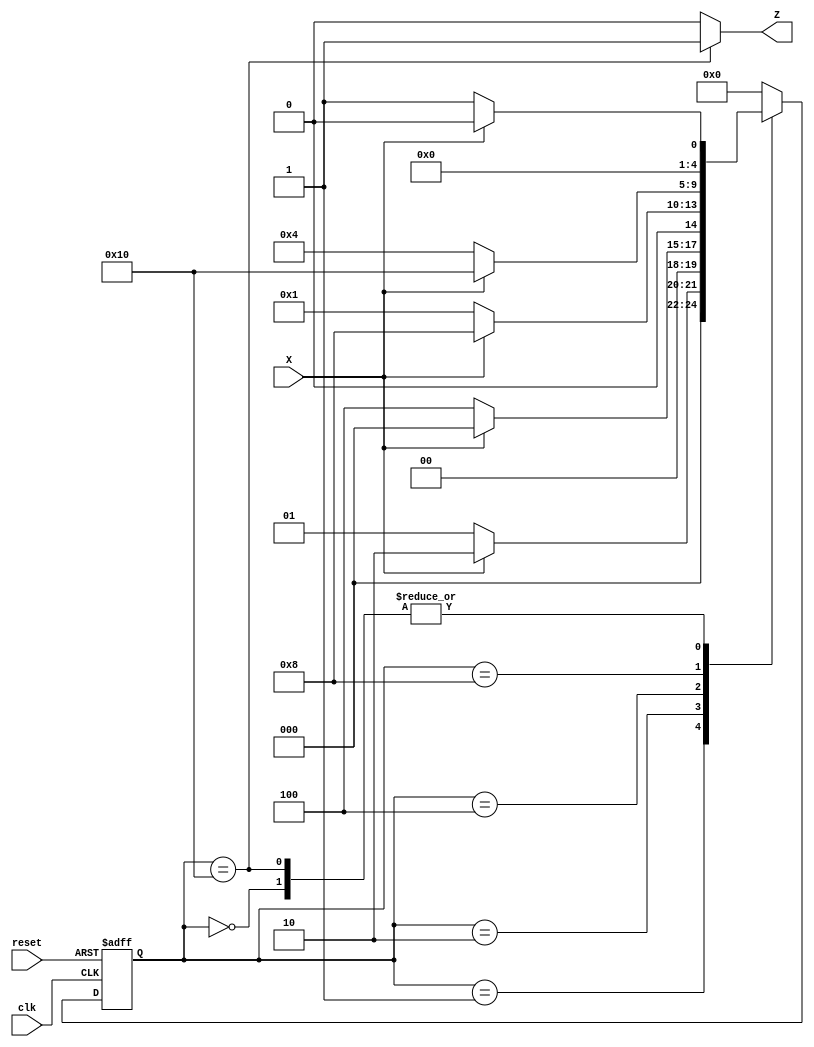
module string01011_moore (clk, reset, X, Z);
    input clk, reset, X;
    output Z;
  
    parameter   IDLE    = 5'b00000,  
                S1      = 5'b00001,     // 0
                S2      = 5'b00010,     // 01 
                S3      = 5'b00100,     // 010
                S4      = 5'b01000,     // 0101
                S5      = 5'b10000;     // 01011

    reg [4:0] state, next_state;

    always @(posedge clk, negedge reset) begin
        if (reset == 1'b0)
            state <= S1;
        else begin
            state <= next_state;
        end
    end

    always @(*) begin
        case (state)
            IDLE :
                if (X == 0)
                    next_state = S1;
                else
                    next_state = IDLE;
            S1 :
                if (X == 1)
                    next_state = S2;
                else if (X == 0)
                    next_state = S1;
                else
                    next_state = IDLE;
            S2 :
                if (X == 0)
                    next_state = S3;
                else
                    next_state = IDLE;
            S3 :
                if (X == 1)
                    next_state = S4;
                else if (X == 0)
                    next_state = S1;
                else
                    next_state = IDLE;
            S4 :
                if (X == 1)
                    next_state = S5;
                else if (X == 0)
                    next_state = S3;
                else
                    next_state = IDLE;
            S5 : 
                if (X == 0)
                    next_state = S1;
                else
                    next_state = IDLE;
            default :
                next_state = IDLE;
        endcase
    end

    assign Z = (state == S5) ? 1'b1 : 1'b0;

endmodule